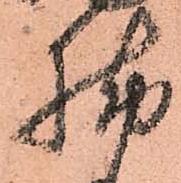
脚